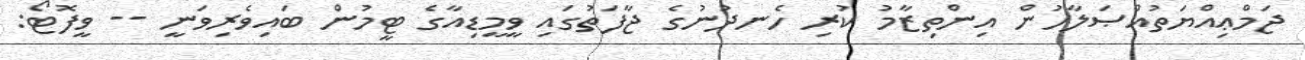
ޖަމްޢިއްޔަތުއްޞަލާހުން އިންތިޒާމު ކުރި ހެނދުނުގެ ޖާފަތުގައި ވީމީޑިއާގެ ޓީމުން ބައިވެރިވަނީ -- ވީފޮޓޯ: